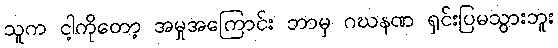
သူက ငါ့ကိုတော့ အမှုအကြောင်း ဘာမှ ဂဃနဏ ရှင်းပြမသွားဘူး